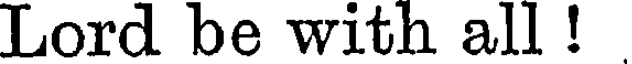
Lord be with all !